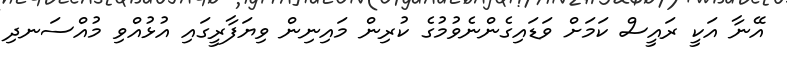
އޭނާ އަކީ ރައީސް ކަމަށް ވަޑައިގެންނެވުމުގެ ކުރިން މައިނިން ވިޔަފާރީގައި އުޅުއްވި މުއްސަނދި